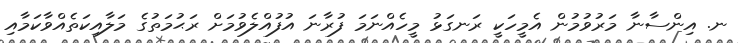
ނ. އިންސާނާ މަރުވުމުން އެމީހަކީ ރަނގަޅު މީހެއްނަމަ ފުރާނަ އުފުއްލެވުމަށް ރަޙުމަތުގެ މަލާއިކަތެއްވާކަމާއި